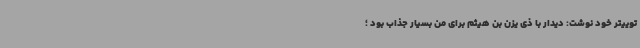
توییتر خود نوشت: دیدار با ذی یزن بن هیثم برای من بسیار جذاب بود ؛